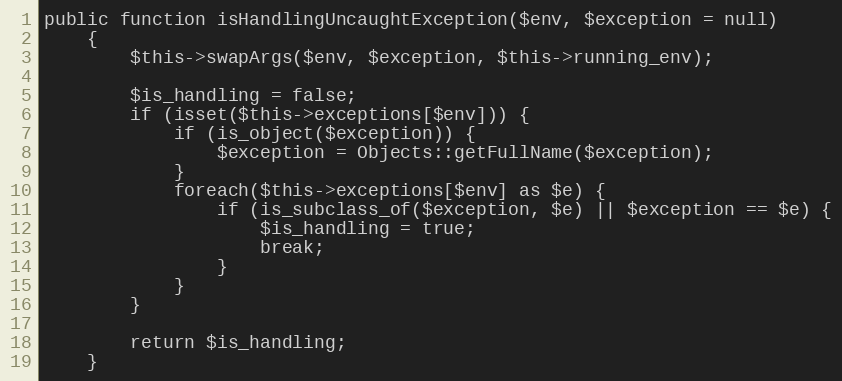
Language: PHP
public function isHandlingUncaughtException($env, $exception = null)
    {
        $this->swapArgs($env, $exception, $this->running_env);

        $is_handling = false;
        if (isset($this->exceptions[$env])) {
            if (is_object($exception)) {
                $exception = Objects::getFullName($exception);
            }
            foreach($this->exceptions[$env] as $e) {
                if (is_subclass_of($exception, $e) || $exception == $e) {
                    $is_handling = true;
                    break;
                }
            }
        }

        return $is_handling;
    }